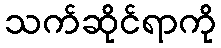
သက်ဆိုင်ရာကို